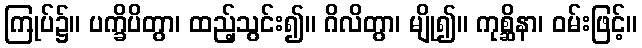
ကြုပ်၌။ ပက္ခိပိတွာ၊ ထည့်သွင်း၍။ ဂိလိတွာ၊ မျို၍။ ကုစ္ဆိနာ၊ ဝမ်းဖြင့်။